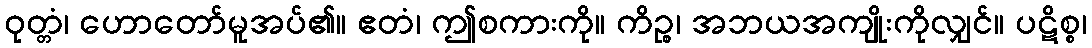
ဝုတ္တံ၊ ဟောတော်မူအပ်၏။ ဧတံ၊ ဤစကားကို။ ကိဉ္စ၊ အဘယအကျိုးကိုလျှင်။ ပဋိစ္စ၊